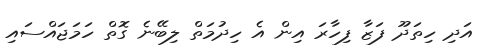
އަދި ހިތަދޫ ފަޒާ ފިހާރަ އިން އެ ހިދުމަތް ލިބޭނެ ގޮތް ހަމަޖައްސައި